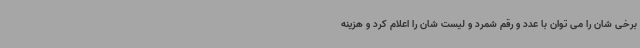
برخی شان را می توان با عدد و رقم شمرد و لیست شان را اعلام کرد و هزینه